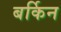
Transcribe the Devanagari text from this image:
बर्किन